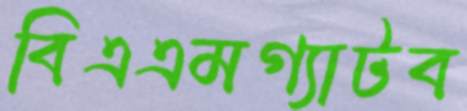
বিএএমগ্যাটব